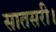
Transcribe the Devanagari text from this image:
सातसरी।